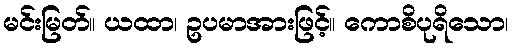
မင်းမြတ်။ ယထာ၊ ဥပမာအားဖြင့်။ ကောစိပုရိသော၊